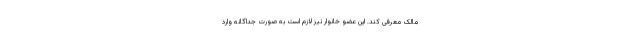
مالک معرفی کند. این عضو خانوار نیز لازم است به صورت جداگانه وارد